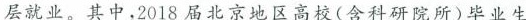
层就业。其中，2018届北京地区高校(含科研院所)毕业生职毕业生和2017年尚未就业的学生数量，今年待就业的加 赴西部就业共14827人，在已就业人员中占9.2%；赴基层在一起约有惊人的1500万，堪称”最难就业季” 就业共24663人，占比15.3%。江苏省2018年高校毕业生从就业形势来看，虽然一些热门行业依然火爆，人工智 中，到基层就业的毕业生33.8万人，占就业总数高达能研究生起薪已高达30万，同时战略新兴产业对毕业生的 62.1%。需求旺盛，传统行业转型升级也急需高端人才，然而在国内 (摘编自《新时代下大学生就业问题探析》化解过剩产能造成一部分职工下岗、经济下行压力下企业 《农村经济与科技》2018年第29卷第24期)用工不足等大背景下，2018年就业形势依然复杂、任务非常 7.下列对材料二相关内容的理解和分析，不正确的一项是艰巨！ (3分) ()(摘编自搜狐网，《最难就业季》2018年9月26日) A.从我国2017届毕业生就业率来看，硕士毕业生就业率材料二： 最高，其次是专科毕业生，第三才是本科毕业生2015~2017届不同学历毕业生就业率(单位：%) B.2017届专科毕业生就业率2016届有所差别，但都在00 90。20%以上，基本上持平，略高于2015届89.32%。C.从三年毕业生就业率数据综合分析，硕士毕业生就业率整体最高，体现了学历越高，就业率越高的特点。D.从毕业生就业率数据来看，2017届本科毕业生和硕士■2017届■2016届2015届 毕业生就业率均高于2016届，但低于2015届。(摘编自《2018年中国大学生就业报告》， 8.下列对材料相关内容的概括和分析，正确的一项是(3分)《中国报告网>2018年6月26日)()材料三： A.继2018年高校毕业生人数创历史最高之后，2019年高校毕业生数量将达到834万，再创新高，堪称”最难就从2019年的情况来看，高校毕业生数量将达到834万，业李”，较2018年增加14万，再创新高。如何更好地促进大学生B.虽然就业形势严峻，但只要高校毕业生学习热门专业，就业?且不断深造，成为高端人才，就会找到称心如意的人力资源和社会保障部副部长邱小平日前强调，国家工作。将以实施高校毕业生就业促进计划为抓手，加强就业政策C.近几年，高校毕业生越来越多，就业形势越来越严峻，引导，制定鼓励大学生创业就业的扶持政策，引导毕业生到致使越来越多的高校毕业生开始选择去西部和基层城乡基层、中西部地区、艰苦边远地区和中小企业就业，扶就持高校毕业生自主创业；大力发展国民经济，增加就业岗D.当前形势下，高校应重视专业设置同质化等问题，不断位，大力推进产业结构优化升级，为大学生提供更多就业岗提升办学内涵，建设高水平培育体系，提高大学生就位；加强政府就业服务，持续开展公共就业人才服务进校业率，园、大中城市联合招聘、集中就业指导等活动；开展困难9.解决就业问题与哪些方面有关?如何解决?(6分)扶，对离校未就业的高校毕业生实施实名制的就业服务，落答：_实岗位信息推送、职业培训、创业扶持等措施。他指出，高校更应把提高学生就业率作为办学的一个重点，高度重视人才培养过程中专业设置同质化，专业内容滞后化，素质培养、实践操作空缺化问题，在办学内涵上功夫，把握好着力点，建设高水平的培育体系。(摘编自《大学生就业有了新动向》，《人民日报海外版》2019年2月14日)